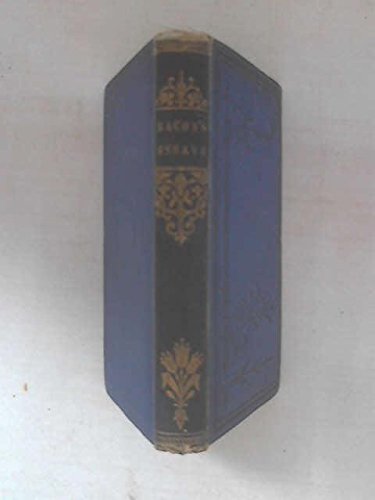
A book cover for Essays - Moral,Economical & Political; Francis Bacon; Crafts, Hobbies & Home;